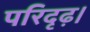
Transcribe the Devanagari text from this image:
परिदृढ़।